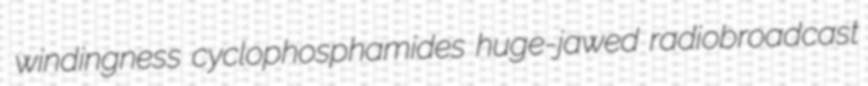
windingness cyclophosphamides huge-jawed radiobroadcast